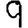
Digit: 9